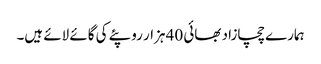
ہمارے چچازاد بھائی 40 ہزار روپئے کی گائے لائے ہیں۔